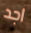
اجد